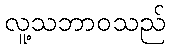
လူ့သဘာဝသည်